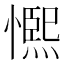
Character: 𭞺